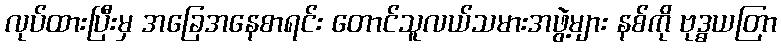
လုပ်ထားပြီးမှ အခြေအနေစာရင်း တောင်သူလယ်သမားအဖွဲ့များ နစ်ကို ဗုဒ္ဓယတြာ